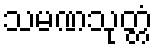
သမဏသုတ္တံ